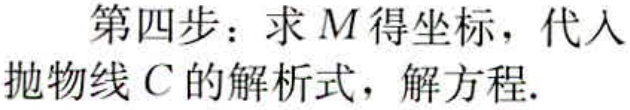
第四步：求 \(M\) 得坐标，代入
抛物线 \(C\) 的解析式，解方程.